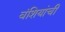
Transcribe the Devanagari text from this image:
वंशियांची